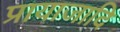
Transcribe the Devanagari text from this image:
प्रायाजादि